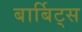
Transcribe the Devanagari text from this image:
बार्बिट्स